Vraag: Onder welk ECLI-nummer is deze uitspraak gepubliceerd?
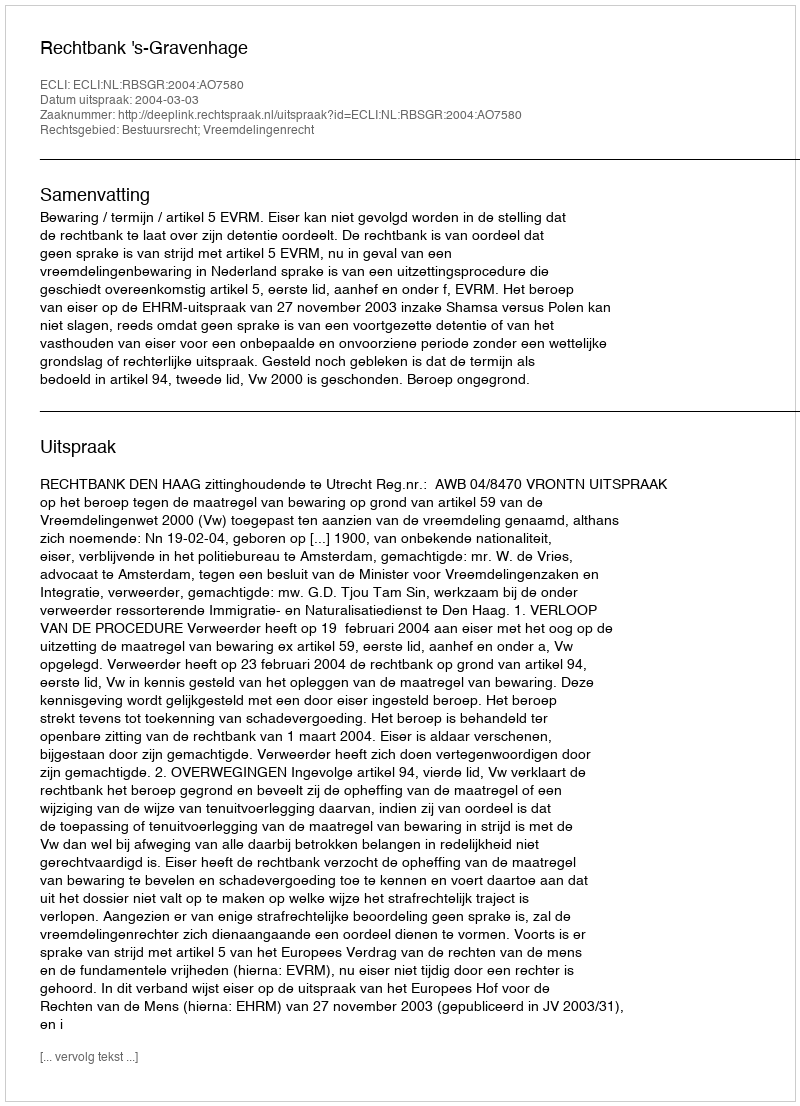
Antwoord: ECLI:NL:RBSGR:2004:AO7580